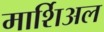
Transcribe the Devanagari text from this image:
मार्शिअल